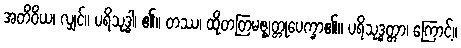
အတိဝိယ၊ လျှင်။ ပရိသုဒ္ဓါ၊ ၏။ တဿ၊ ထိုတတြမဇ္ဈတ္တုပေက္ခာ၏။ ပရိသုဒ္ဓတ္တာ၊ ကြောင့်။